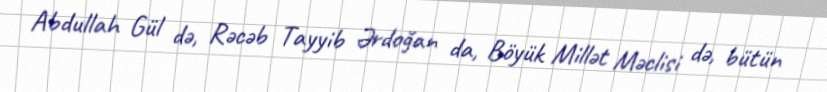
Abdullah Gül də, Rəcəb Tayyib Ərdoğan da, Böyük Millət Məclisi də, bütün